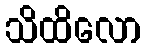
သိထိလော